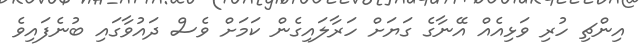
އިންޗި ހުރި ވަޅިއެއް އޭނާގެ ގަޔަށް ހަރާލައިގެން ކަމަށް ވެސް ދައުވާގައި ބުނެފައިވެ